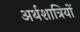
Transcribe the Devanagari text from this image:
अर्थशात्रियों